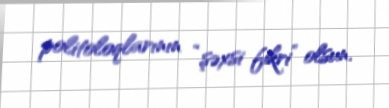
politoloqlarının “şəxsi fikri” olsun.